Document type: Sale
Year: 1209
Scribe: Arnau de Torre
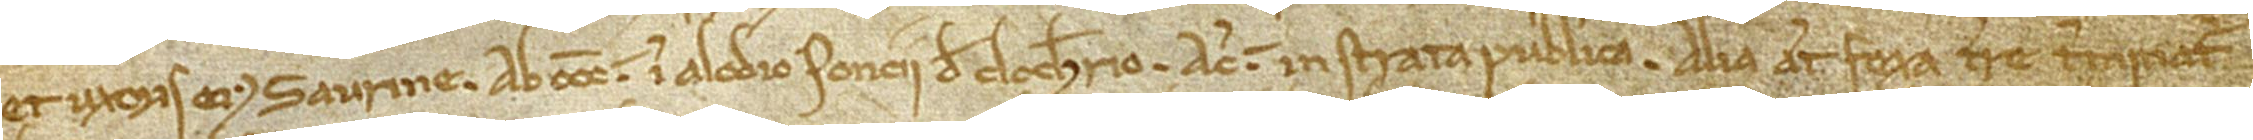
et uxoris eius Saurine; ab occidente in alodio Poncii de Clocherio; a circio in strata publica. Alia autem fexa terre terminatur